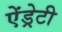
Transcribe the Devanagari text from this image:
ऐंड्रेटी